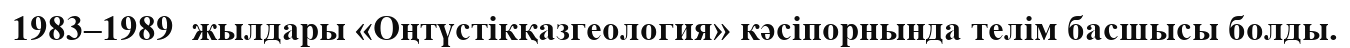
1983–1989  жылдары «Оңтүстікқазгеология» кәсіпорнында телім басшысы болды.